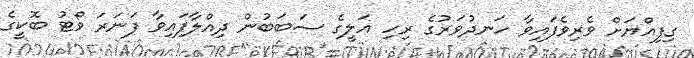
ގިފިއްޔަށް ވެރިވެފައިވާ ހަނދުވަރުގެ ރިހި އަލީގެ ސަބަބުން ދިއްލާފައިވާ ފަނަރަ ވޯޓު ބޮކީގެ